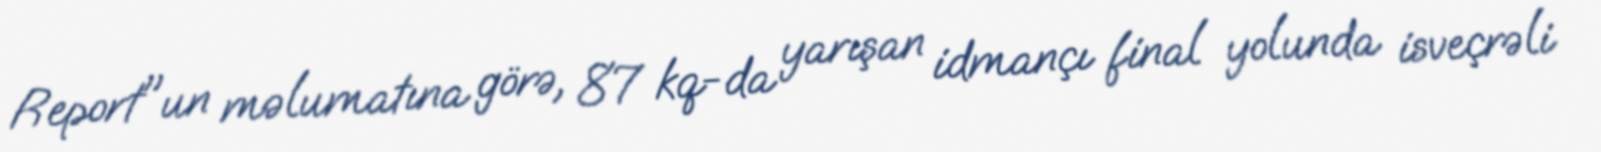
Report"un məlumatına görə, 87 kq-da yarışan idmançı final yolunda isveçrəli